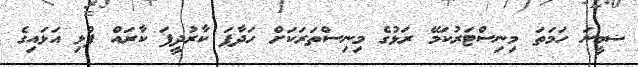
ޟމީނަ ހަމަތަ މިނިސްޓަރުކަމޭ ރަޅުގެ މިނިސްތަރަކަށް ހަދާފަ ކާރުދީފަ ކާރައް ފުޅި އަޅައިގެ